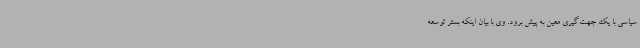
سیاسی با یک جهت‌گیری معین به پیش برود. وی با بیان اینکه بستر توسعه